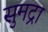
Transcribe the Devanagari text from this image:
सुमद्रा